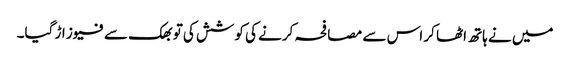
میں نے ہاتھ اٹھا کر اس سے مصافحہ کرنے کی کوشش کی تو بھک سے فیوز اڑ گیا۔